system: You are a helpful assistant.
user:
Analyze the provided spectrum to determine if it is a **"Cataclysmic Variables (CV)"**.

- **Key Indicators for CV (Check for either state):**
    - **State 1: Quiescent / Low-State (Emission-Dominated)**
        - **(Primary):** Strong and *very broad* Hydrogen Balmer emission lines (e.g., $H\alpha$ at 6563 Å, $H\beta$ at 4861 Å). The 'broadness' (high velocity dispersion, often FWHM > 1000 km/s) is the key diagnostic, indicating a high-velocity accretion disk.
        - **(Secondary):** Broad neutral Helium (He I) emission lines (e.g., 5876 Å, 6678 Å).
        - **(Key Confirmation):** Presence of high-excitation *ionized* Helium (He II) emission at 4686 Å. This is a strong indicator of accretion onto a white dwarf.
        - **(Line Profile):** Emission lines may exhibit a 'double-peaked' profile, which is a classic signature of a rotating accretion disk viewed at high inclination.

    - **State 2: Outburst / High-State (Absorption-Dominated)**
        - **(Primary):** Spectrum is dominated by a bright, blue continuum (looks like a hot star).
        - **(Secondary):** The emission lines from State 1 are weak, absent, or 'filled in', and are replaced by broad, shallow *absorption* lines (primarily Balmer and He I).
        - **(Morphology):** The overall spectrum mimics a hot B/A-type star. The crucial difference is that the absorption lines are significantly broader, shallower, and more 'washed-out' (or 'smeared') than the sharp lines of a normal stellar photosphere, due to high rotational speeds and pressure broadening in the disk.

Think first, call **spectral_visualization_tool** if needed to examine features in detail, then provide your final answer. Your response must adhere to the following strict rules:
1.  **Overall Structure:** Your response must follow the format `<think>...</think> <tool_call>...</tool_call> (if a tool is used) <answer>...</answer>`.
2.  **Tool Usage Constraint:** You may only make **one** tool call per turn.
3.  **Final Answer Format:** In the `<answer>` tag, your conclusion must be inside a `\boxed{}` command (e.g., `\boxed{YES}`), followed by your justification.

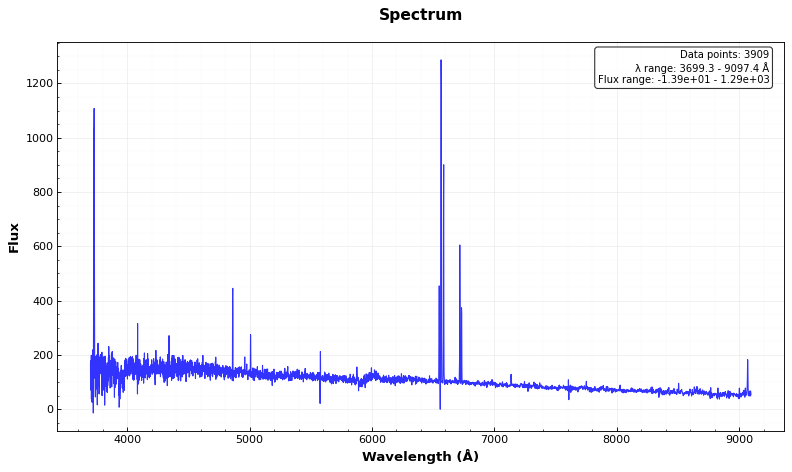
Answer: NO